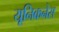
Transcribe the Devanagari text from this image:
यूनिकनेस